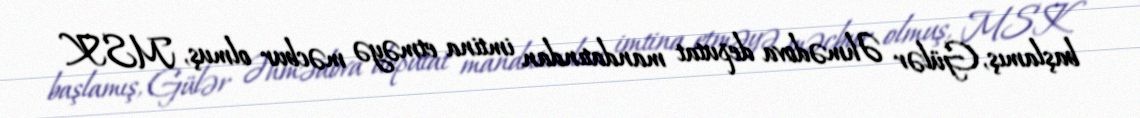
başlamış, Gülər Əhmədova deputat mandatından imtina etməyə məcbur olmuş, MSK